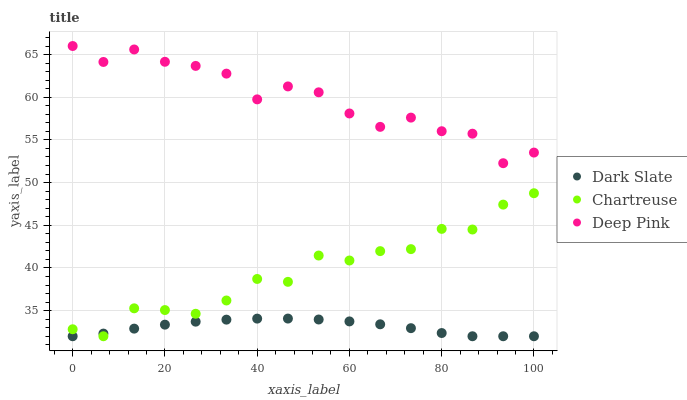
| xaxis_label | Dark Slate | Chartreuse | Deep Pink |
 | --- | --- | --- | --- |
 | 0 | 32 | 32.8 | 66 |
 | 6.67 | 32.3 | 32 | 64.1 |
 | 13.3 | 32.9 | 35.3 | 65.6 |
 | 20 | 33.4 | 35.1 | 64.2 |
 | 26.7 | 33.7 | 34.6 | 63.7 |
 | 33.3 | 33.9 | 36.2 | 62.8 |
 | 40 | 34.1 | 38.7 | 59.8 |
 | 46.7 | 34.1 | 38.4 | 61.3 |
 | 53.3 | 34 | 41.5 | 60.6 |
 | 60 | 33.7 | 40.9 | 58.1 |
 | 66.7 | 33.4 | 42 | 56.5 |
 | 73.3 | 32.9 | 42.2 | 57.6 |
 | 80 | 32.4 | 44.6 | 56 |
 | 86.7 | 32 | 44.5 | 55.7 |
 | 93.3 | 32 | 47.4 | 52.3 |
 | 100 | 32 | 48.8 | 53.5 |